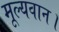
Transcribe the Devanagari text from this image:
मूल्यवान।